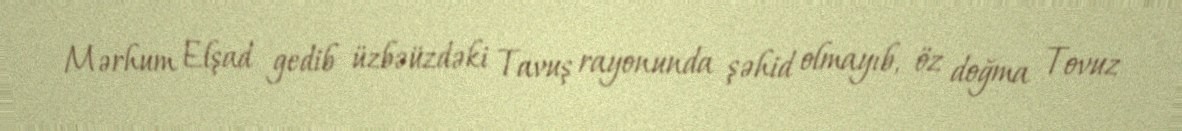
Mərhum Elşad gedib üzbəüzdəki Tavuş rayonunda şəhid olmayıb, öz doğma Tovuz